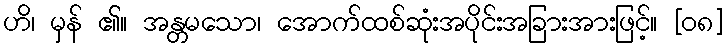
ဟိ၊ မှန် ၏။ အန္တမသော၊ အောက်ထစ်ဆုံးအပိုင်းအခြားအားဖြင့်။ [၀၈]